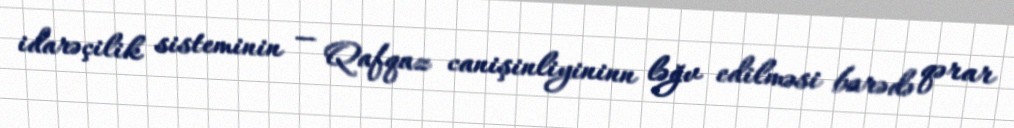
idarəçilik sisteminin — Qafqaz canişinliyininn ləğv edilməsi barədə qərar